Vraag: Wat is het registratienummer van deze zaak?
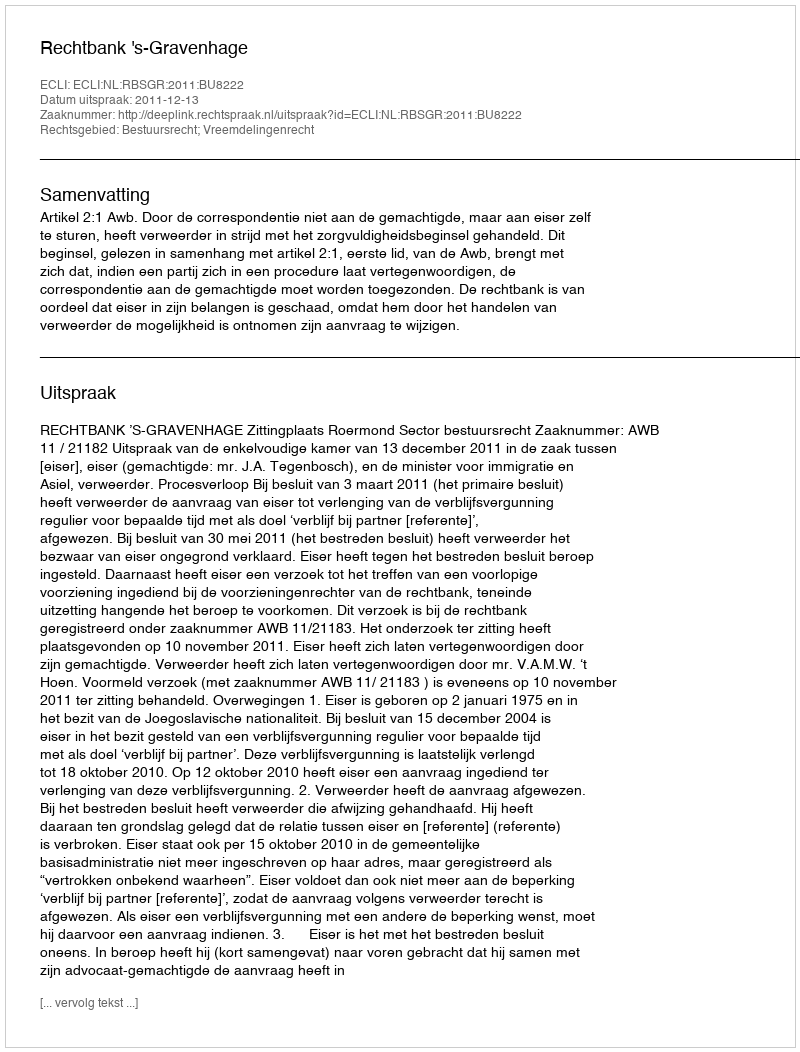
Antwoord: http://deeplink.rechtspraak.nl/uitspraak?id=ECLI:NL:RBSGR:2011:BU8222